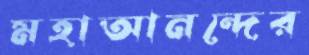
মহাআনন্দের